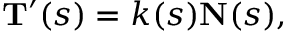
\mathbf { T } ^ { \prime } ( s ) = k ( s ) \mathbf { N } ( s ) ,